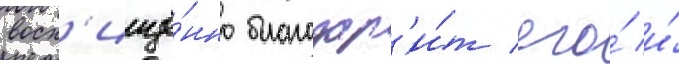
восх'ищё́нно благодар'и́т его́ и́